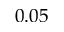
0 . 0 5